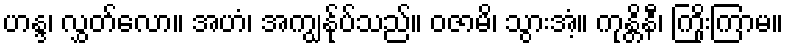
ဟန္ဒ၊ လွှတ်လော။ အဟံ၊ အကျွန်ုပ်သည်။ ဝဇာမိ၊ သွားအံ့။ ကုန္တိနီ၊ ကြိုးကြာမ။